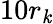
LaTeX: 10r_{\mathit{k}}